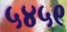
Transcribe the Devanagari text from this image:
५४५९